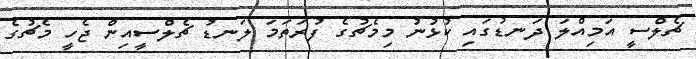
ޗެލްސީ އަމިއްލަ ދަނޑުގައި ކުޅުނު މިމެޗުގެ ފުރަތަމަ ލަނޑު ޗެލްސީއިން ޖެހީ މެޗުގެ